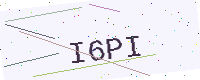
Text: I6PI